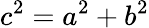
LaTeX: c^{2}=a^{2}+b^{2}